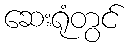
ဆေးရုံတွင်